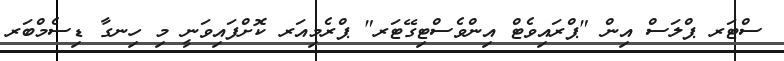
ސްޓަރ ޕްލަސް އިން "ޕްރައިވެޓް އިންވެސްޓިގޭޓަރ" ޕްރެމިއަރ ކޮށްފައިވަނީ މި ހިނގާ ޑިސެމްބަރ